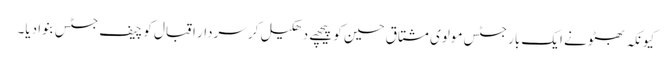
کیونکہ بھٹو نے ایک بار جسٹس مولوی مشتاق حسین کو پیچھے دھکیل کر سردار اقبال کو چیف جسٹس بنوا دیا۔